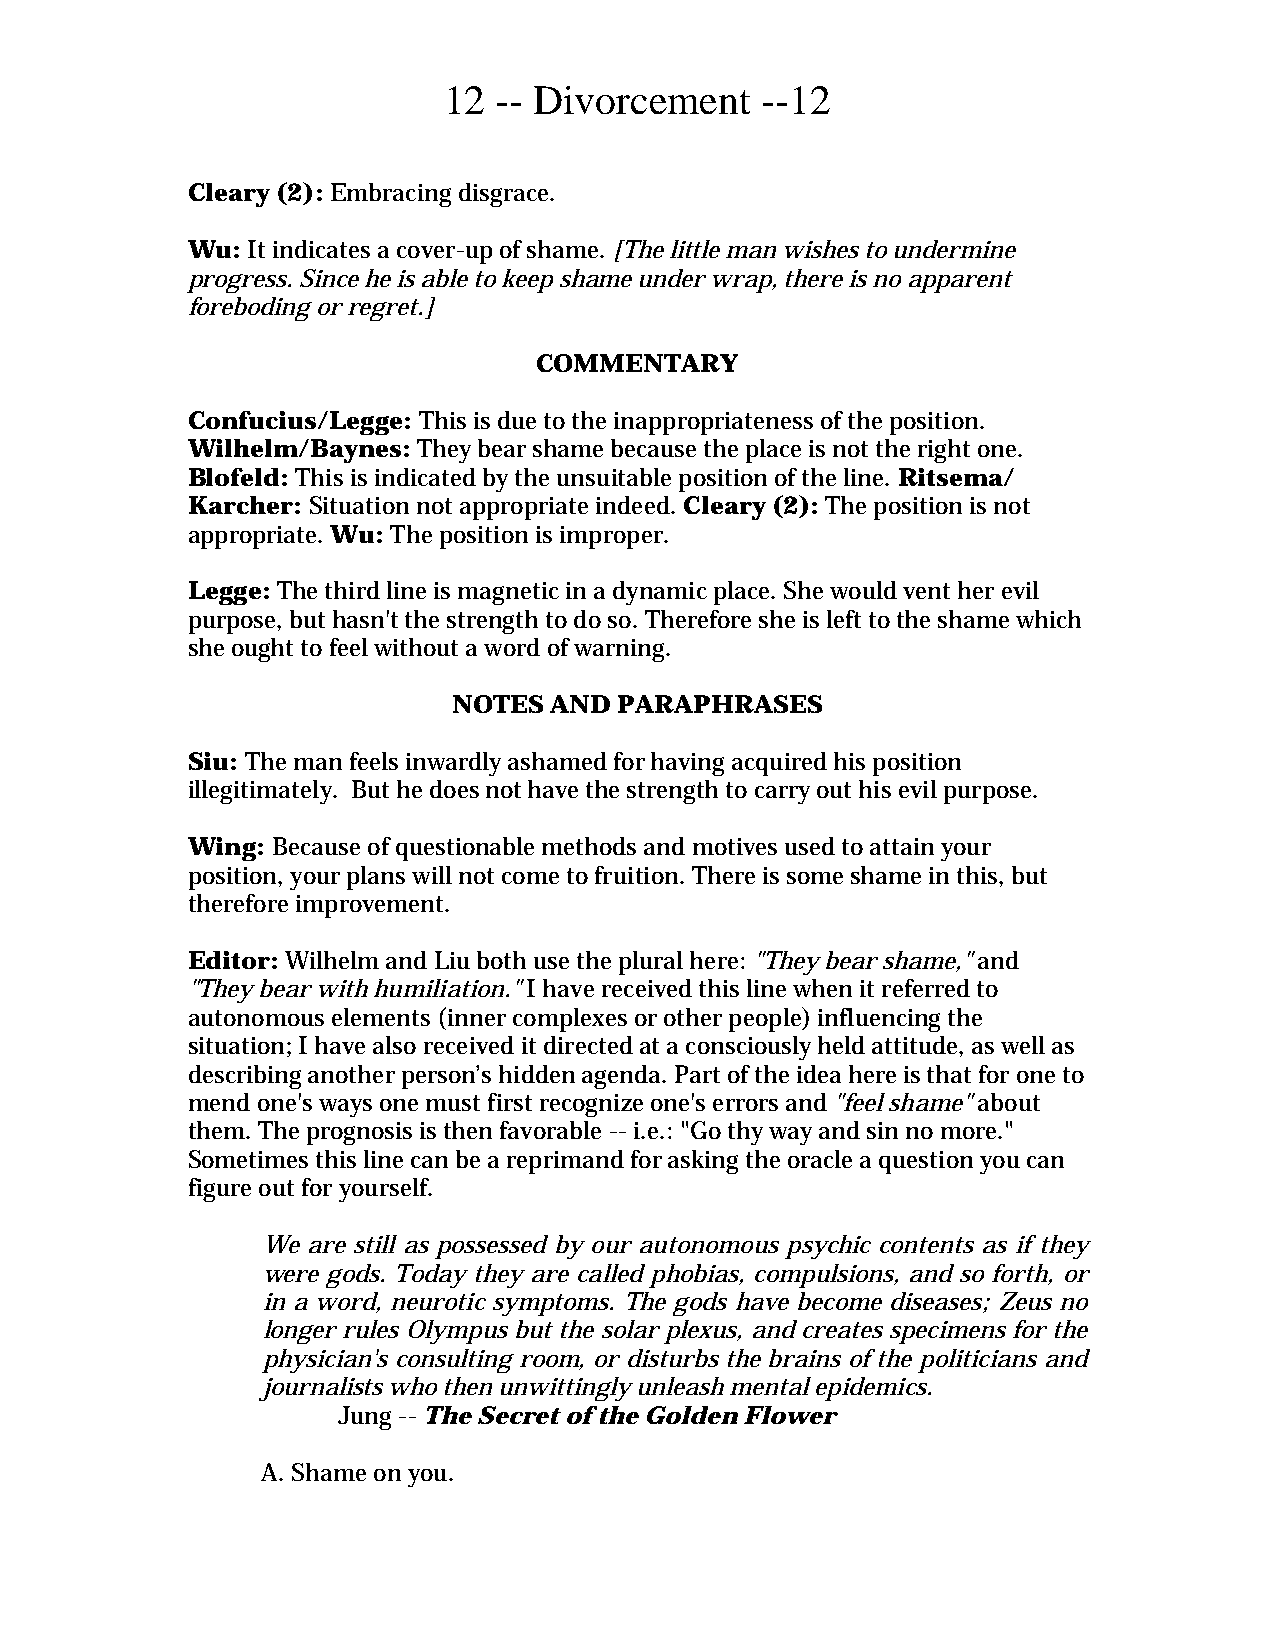
12  -- Divorcement   --12
 Cleary (2): Embracing disgrace.
 Wu: It indicates a cover-up of shame. [The little man wishes to undermine
 progress. Since he is able to keep shame under wrap, there is no apparent
 foreboding or regret.]
 COMMENTARY
 Confucius/Legge: This is due to the inappropriateness of the position.
 Wilhelm/Baynes: They bear shame because the place is not the right one.
 Blofeld: This is indicated by the unsuitable position of the line. Ritsema/
 Karcher: Situation not appropriate indeed. Cleary (2): The position is not
 appropriate. Wu: The position is improper.
 Legge: The third line is magnetic in a dynamic place. She would vent her evil
 purpose, but hasn't the strength to do so. Therefore she is left to the shame which
 she ought to feel without a word of warning.
 NOTES AND  PARAPHRASES
 Siu: The man feels inwardly ashamed for having acquired his position
 illegitimately. But he does not have the strength to carry out his evil purpose.
 Wing: Because of questionable methods and motives used to attain your
 position, your plans will not come to fruition. There is some shame in this, but
 therefore improvement.
 Editor: Wilhelm and Liu both use the plural here: "They bear shame," and
 "They bear with humiliation." I have received this line when it referred to
 autonomous elements (inner complexes or other people) influencing the
 situation; I have also received it directed at a consciously held attitude, as well as
 describing another person’s hidden agenda. Part of the idea here is that for one to
 mend one's ways one must first recognize one's errors and "feel shame" about
 them. The prognosis is then favorable -- i.e.: "Go thy way and sin no more."
 Sometimes this line can be a reprimand for asking the oracle a question you can
 figure out for yourself.
 We are still as possessed by our autonomous psychic contents as if they
 were gods. Today they are called phobias, compulsions, and so forth, or
 in a word, neurotic symptoms. The gods have become diseases; Zeus no
 longer rules Olympus but the solar plexus, and creates specimens for the
 physician's consulting room, or disturbs the brains of the politicians and
 journalists who then unwittingly unleash mental epidemics.
 Jung -- The Secret of the Golden Flower
 A. Shame on you.